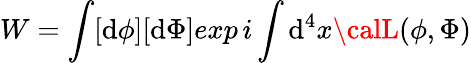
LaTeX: W=\int[\mathrm{d}\phi][\mathrm{d}\Phi]exp\, i\int\mathrm{d}^{4}x{\calL}(\phi,\Phi)